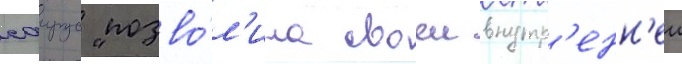
саирус "позво́л'ила своеи внутр'енн'еи